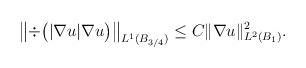
LaTeX: \begin{align*}\left\|\div\big( |\nabla u| \nabla u\big)\right\|_{L^1(B_{3/4})} \leq C \|\nabla u\|_{L^2(B_{1})}^2.\end{align*}